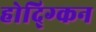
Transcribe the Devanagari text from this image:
होद्ग्किन